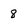
Character: 8